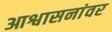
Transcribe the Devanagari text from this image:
आश्वासनांवर